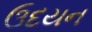
ઉદયન